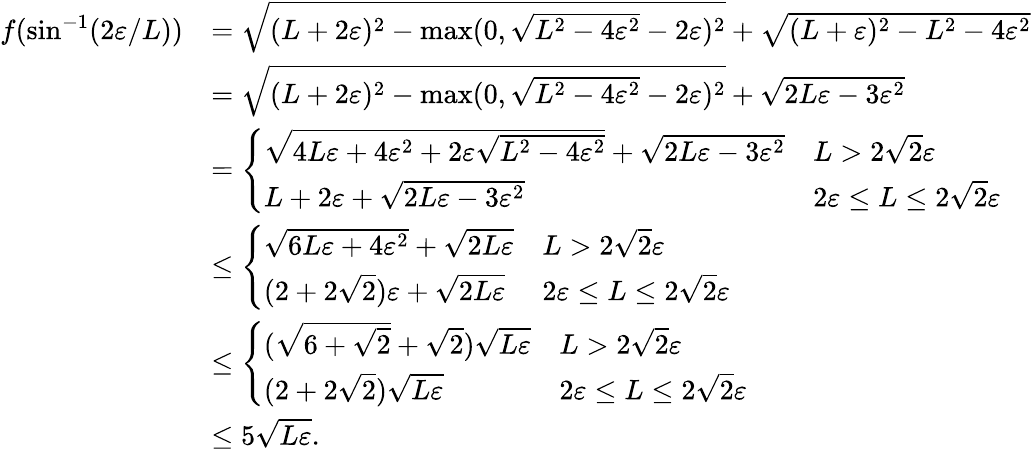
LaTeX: \begin{array}{rl}{f(\sin^{-1}(2\varepsilon/L))}&{=\sqrt{(L+2\varepsilon)^{2}-\operatorname*{max}(0,\sqrt{L^{2}-4\varepsilon^{2}}-2\varepsilon)^{2}}+\sqrt{(L+\varepsilon)^{2}-L^{2}-4\varepsilon^{2}}}\\ &{=\sqrt{(L+2\varepsilon)^{2}-\operatorname*{max}(0,\sqrt{L^{2}-4\varepsilon^{2}}-2\varepsilon)^{2}}+\sqrt{2L\varepsilon-3\varepsilon^{2}}}\\ &{=\left\{ \begin{array}{ll}{\sqrt{4L\varepsilon+4\varepsilon^{2}+2\varepsilon\sqrt{L^{2}-4\varepsilon^{2}}}+\sqrt{2L\varepsilon-3\varepsilon^{2}}}&{L>2\sqrt{2}\varepsilon}\\ {L+2\varepsilon+\sqrt{2L\varepsilon-3\varepsilon^{2}}}&{2\varepsilon\leq L\leq 2\sqrt{2}\varepsilon}\end{array}\right.}\\ &{\leq\left\{ \begin{array}{ll}{\sqrt{6L\varepsilon+4\varepsilon^{2}}+\sqrt{2L\varepsilon}}&{L>2\sqrt{2}\varepsilon}\\ {(2+2\sqrt{2})\varepsilon+\sqrt{2L\varepsilon}}&{2\varepsilon\leq L\leq 2\sqrt{2}\varepsilon}\end{array}\right.}\\ &{\leq\left\{ \begin{array}{ll}{(\sqrt{6+\sqrt{2}}+\sqrt{2})\sqrt{L\varepsilon}}&{L>2\sqrt{2}\varepsilon}\\ {(2+2\sqrt{2})\sqrt{L\varepsilon}}&{2\varepsilon\leq L\leq 2\sqrt{2}\varepsilon}\end{array}\right.}\\ &{\leq 5\sqrt{L\varepsilon}.}\end{array}